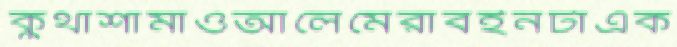
কুঁথাশামাওআলেমেরাবইনটাএক